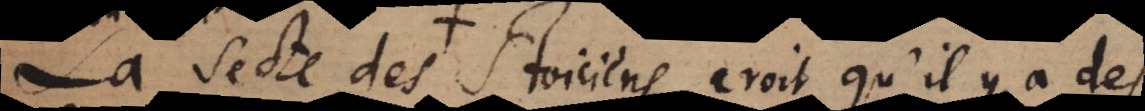
La secte des Stoiciens croit qu’il y a des